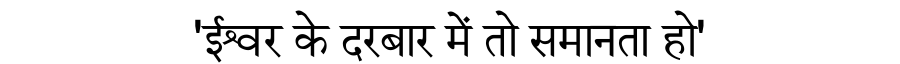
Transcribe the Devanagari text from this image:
'ईश्वर के दरबार में तो समानता हो'